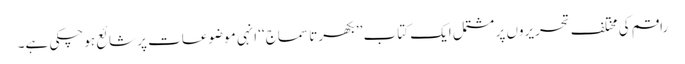
راقم کی مختلف تحریروں پر مشتمل ایک کتاب ’’بکھرتا سماج‘‘ انہی موضوعات پر شائع ہوچکی ہے۔